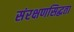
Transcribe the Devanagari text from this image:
संरक्षणसिद्धता